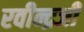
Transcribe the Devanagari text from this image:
रवीन्द्रजी